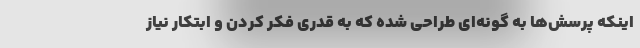
اینکه پرسش‌ها به گونه‌ای طراحی شده که به قدری فکر کردن و ابتکار نیاز